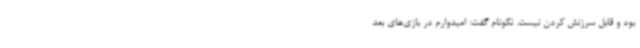
بود و قابل سرزنش کردن نیست‌. نکونام گفت: امیدوارم در بازی‌های بعد